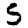
Digit: 5